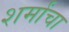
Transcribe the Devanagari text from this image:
शर्मांचा